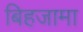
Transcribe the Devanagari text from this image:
बिहजामा